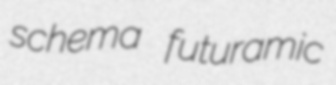
schema futuramic